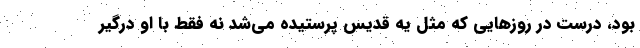
بود، درست در روزهایی که مثل یه قدیس پرستیده می‌شد نه فقط با او درگیر